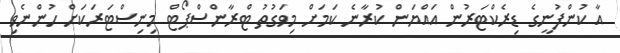
އާ ކުންފުނީގެ ޑިރެކްޓަރުން އައްޔަން ކުރާނެ ކަމަށް މިވަގުތު ޓްރާންސްޕޯޓް މިނިސްޓަރަކަށް ހުންނެވި